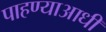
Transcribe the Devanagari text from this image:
पाहण्याआधी